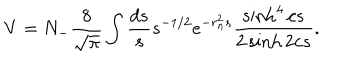
LaTeX: V = N _ { - } \frac { 8 } { \sqrt { \pi } } \int \frac { d s } { s } s ^ { - 1 / 2 } e ^ { - r _ { n } ^ { 2 } s } \frac { \sinh ^ { 4 } c s } { 2 \sinh 2 c s } .